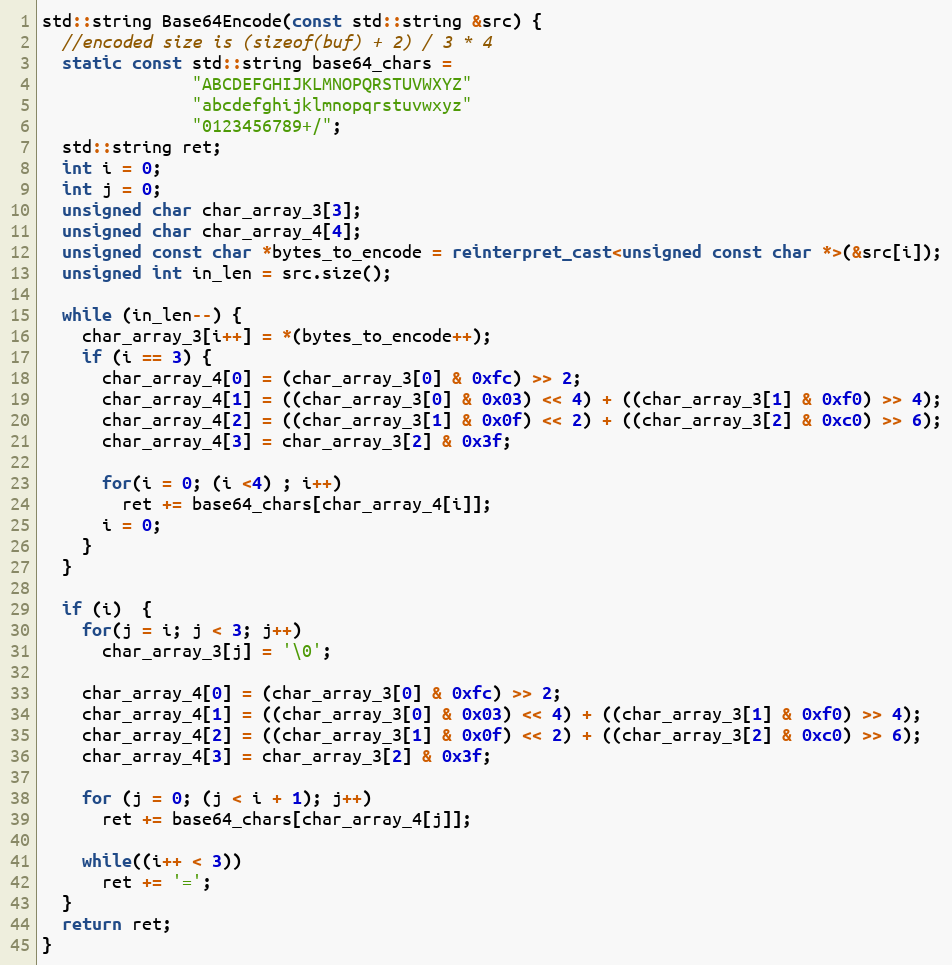
Language: C++
std::string Base64Encode(const std::string &src) {
  //encoded size is (sizeof(buf) + 2) / 3 * 4
  static const std::string base64_chars =
               "ABCDEFGHIJKLMNOPQRSTUVWXYZ"
               "abcdefghijklmnopqrstuvwxyz"
               "0123456789+/";
  std::string ret;
  int i = 0;
  int j = 0;
  unsigned char char_array_3[3];
  unsigned char char_array_4[4];
  unsigned const char *bytes_to_encode = reinterpret_cast<unsigned const char *>(&src[i]);
  unsigned int in_len = src.size();

  while (in_len--) {
    char_array_3[i++] = *(bytes_to_encode++);
    if (i == 3) {
      char_array_4[0] = (char_array_3[0] & 0xfc) >> 2;
      char_array_4[1] = ((char_array_3[0] & 0x03) << 4) + ((char_array_3[1] & 0xf0) >> 4);
      char_array_4[2] = ((char_array_3[1] & 0x0f) << 2) + ((char_array_3[2] & 0xc0) >> 6);
      char_array_4[3] = char_array_3[2] & 0x3f;

      for(i = 0; (i <4) ; i++)
        ret += base64_chars[char_array_4[i]];
      i = 0;
    }
  }

  if (i)  {
    for(j = i; j < 3; j++)
      char_array_3[j] = '\0';

    char_array_4[0] = (char_array_3[0] & 0xfc) >> 2;
    char_array_4[1] = ((char_array_3[0] & 0x03) << 4) + ((char_array_3[1] & 0xf0) >> 4);
    char_array_4[2] = ((char_array_3[1] & 0x0f) << 2) + ((char_array_3[2] & 0xc0) >> 6);
    char_array_4[3] = char_array_3[2] & 0x3f;

    for (j = 0; (j < i + 1); j++)
      ret += base64_chars[char_array_4[j]];

    while((i++ < 3))
      ret += '=';
  }
  return ret;
}